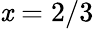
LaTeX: \mathit{x}=2/3